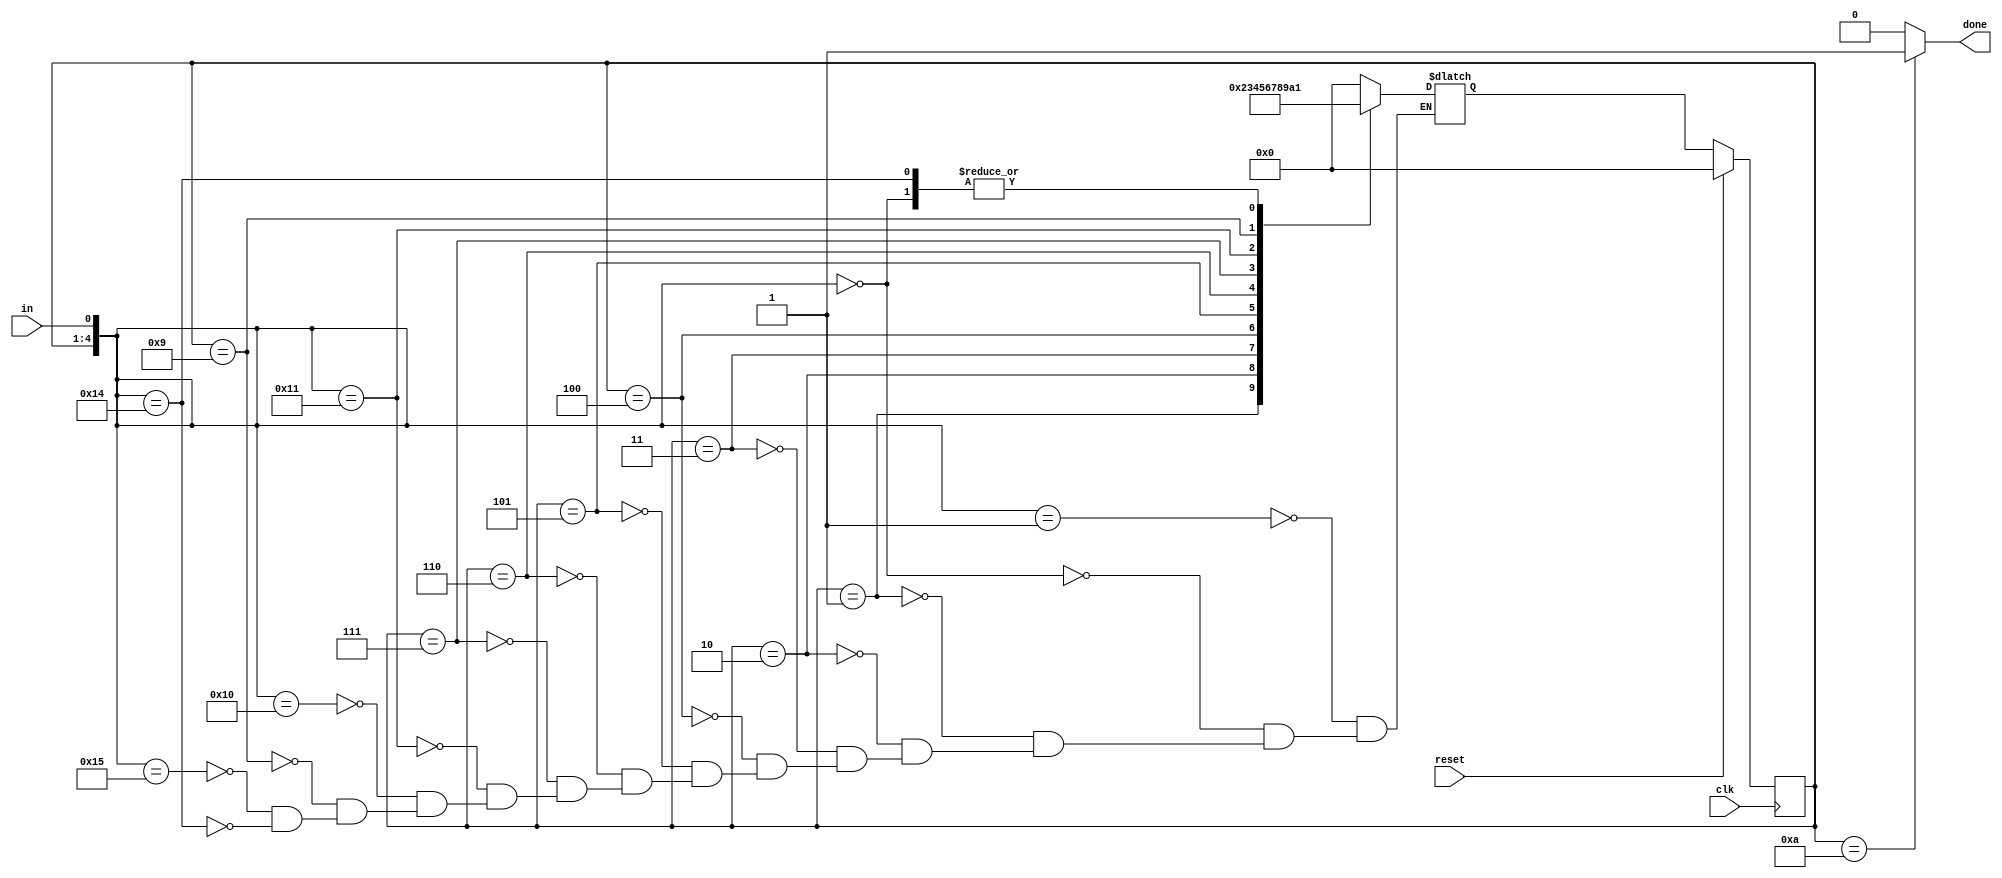
// https://hdlbits.01xz.net/wiki/Fsm_serial

module top_module(
    input clk,
    input in,
    input reset,    // Synchronous reset
    output done
);

    parameter FSTA = 4'h0;
    parameter BIT1 = 4'h1;
    parameter BIT2 = 4'h2;
    parameter BIT3 = 4'h3;
    parameter BIT4 = 4'h4;
    parameter BIT5 = 4'h5;
    parameter BIT6 = 4'h6;
    parameter BIT7 = 4'h7;
    parameter BIT8 = 4'h8;
    parameter FEND = 4'h9;
    parameter FFIN = 4'ha;

    reg [3:0] state;
    reg [3:0] next_state;

    always @(*) begin
        casez ({state, in})
            {FSTA, 1'b1}: next_state = FSTA;
            {FSTA, 1'b0}: next_state = BIT1;

            {BIT1, 1'b?}: next_state = BIT2;
            {BIT2, 1'b?}: next_state = BIT3;
            {BIT3, 1'b?}: next_state = BIT4;
            {BIT4, 1'b?}: next_state = BIT5;
            {BIT5, 1'b?}: next_state = BIT6;
            {BIT6, 1'b?}: next_state = BIT7;
            {BIT7, 1'b?}: next_state = BIT8;

            {BIT8, 1'b1}: next_state = FEND;
            {BIT8, 1'b0}: next_state = FSTA;

            {FEND, 1'b?}: next_state = FFIN;

            {FFIN, 1'b1}: next_state = FSTA;
            {FFIN, 1'b0}: next_state = BIT1;
        endcase
    end

    always @(posedge clk) begin
        if(reset) begin
            state <= FSTA;
        end else begin
            state <= next_state;
        end
    end

    assign done = (state == FFIN ? 1'b1 : 1'b0);

endmodule